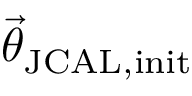
\vec { \theta } _ { \mathrm { J C A L , i n i t } }